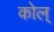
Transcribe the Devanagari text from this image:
कोल्